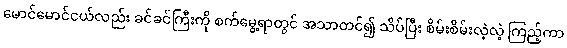
မောင်မောင်ငယ်လည်း ခင်ခင်ကြီးကို စက်မွေ့ရာတွင် အသာတင်၍ သိပ်ပြီး စိမ်းစိမ်းလဲ့လဲ့ ကြည့်ကာ